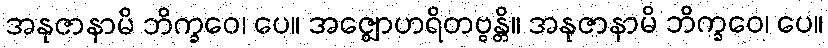
အနုဇာနာမိ ဘိက္ခဝေ၊ ပေ။ အဇ္ဈောဟရိတဗ္ဗန္တိ။ အနုဇာနာမိ ဘိက္ခဝေ၊ ပေ။